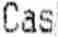
CASH